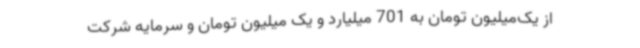
از یک‌میلیون تومان به 701 میلیارد و یک میلیون تومان و سرمایه شرکت